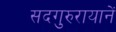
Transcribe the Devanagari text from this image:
सदगुरुरायानें